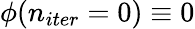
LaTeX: \phi(n_{iter}=0)\equiv 0